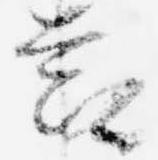
節